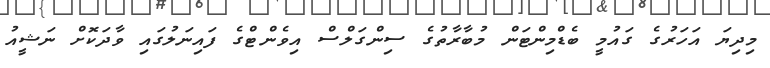
މިދިޔަ އަހަރުގެ ގައުމީ ބެޑްމިންޓަން މުބާރާތުގެ ސިންގަލްސް އިވެންޓްގެ ފައިނަލުގައި ވާދަކޮށް ނަޝީއު